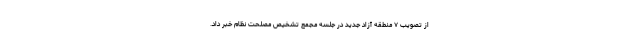
از تصویب ۷ منطقه آزاد جدید در جلسه مجمع تشخیص مصلحت نظام خبر داد.